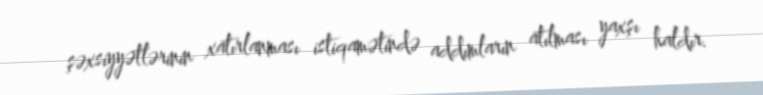
şəxsiyyətlərinin xatırlanması istiqamətində addımların atılması yaxşı haldır.